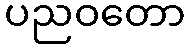
ပညဝတော